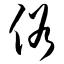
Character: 俗